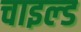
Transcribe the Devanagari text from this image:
चाइल्‍ड